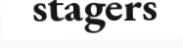
stagers